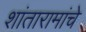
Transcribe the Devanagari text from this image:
शांतारामांचे